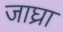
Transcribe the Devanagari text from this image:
जाघ्रा